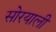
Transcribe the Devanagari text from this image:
सोरयाली